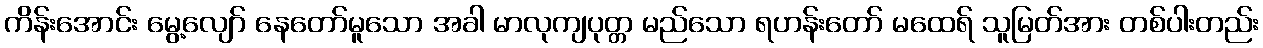
ကိန်းအောင်း မွေ့လျော် နေတော်မူသော အခါ မာလုကျပုတ္တ မည်သော ရဟန်းတော် မထေရ် သူမြတ်အား တစ်ပါးတည်း